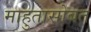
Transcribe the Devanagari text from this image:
माहुतासोबत